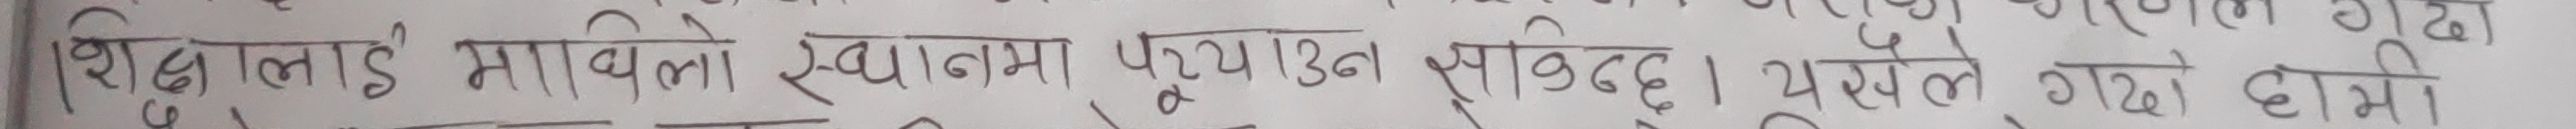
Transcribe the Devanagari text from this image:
शिक्षालाई माथिलो स्थानमा पुऱ्याउन सक्दछ। यसले गरेको होस्।